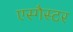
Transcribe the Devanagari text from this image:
एस्गैस्टर